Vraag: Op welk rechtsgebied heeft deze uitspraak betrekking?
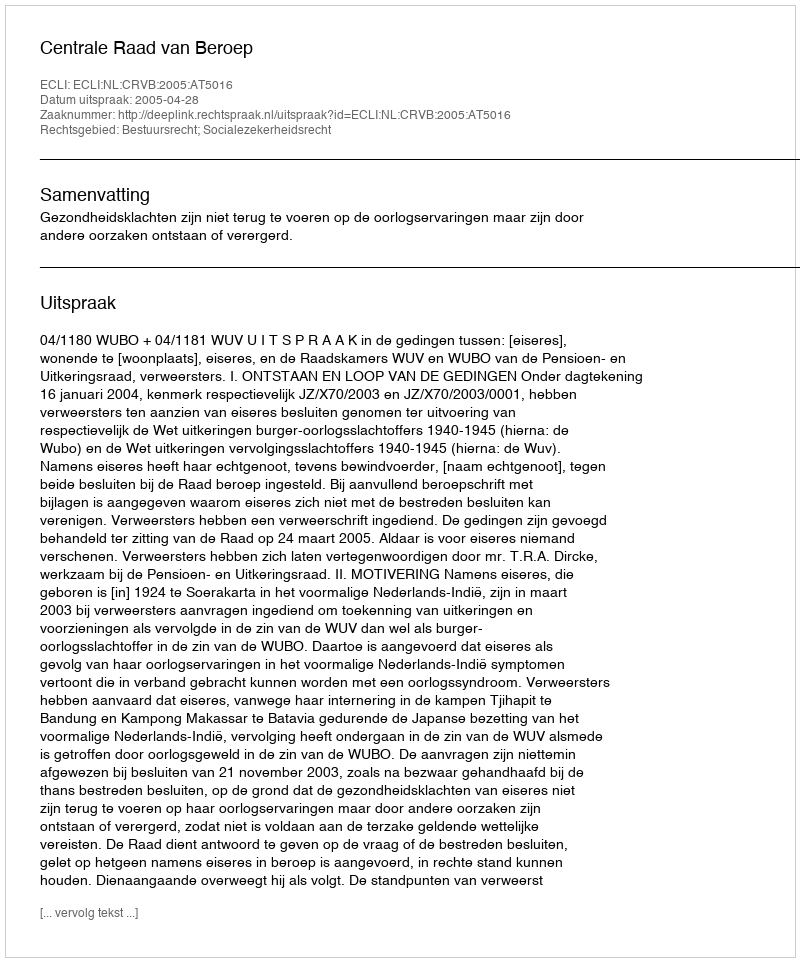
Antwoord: Bestuursrecht; Socialezekerheidsrecht